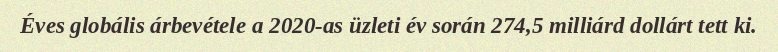
Éves globális árbevétele a 2020-as üzleti év során 274,5 milliárd dollárt tett ki.